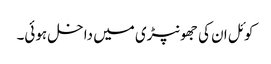
کوئل ان کی جھونپڑی میں داخل ہوئی۔